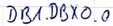
Text: DB1.DBX0.0